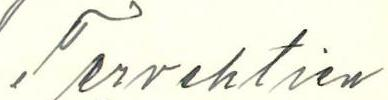
Tervehtien